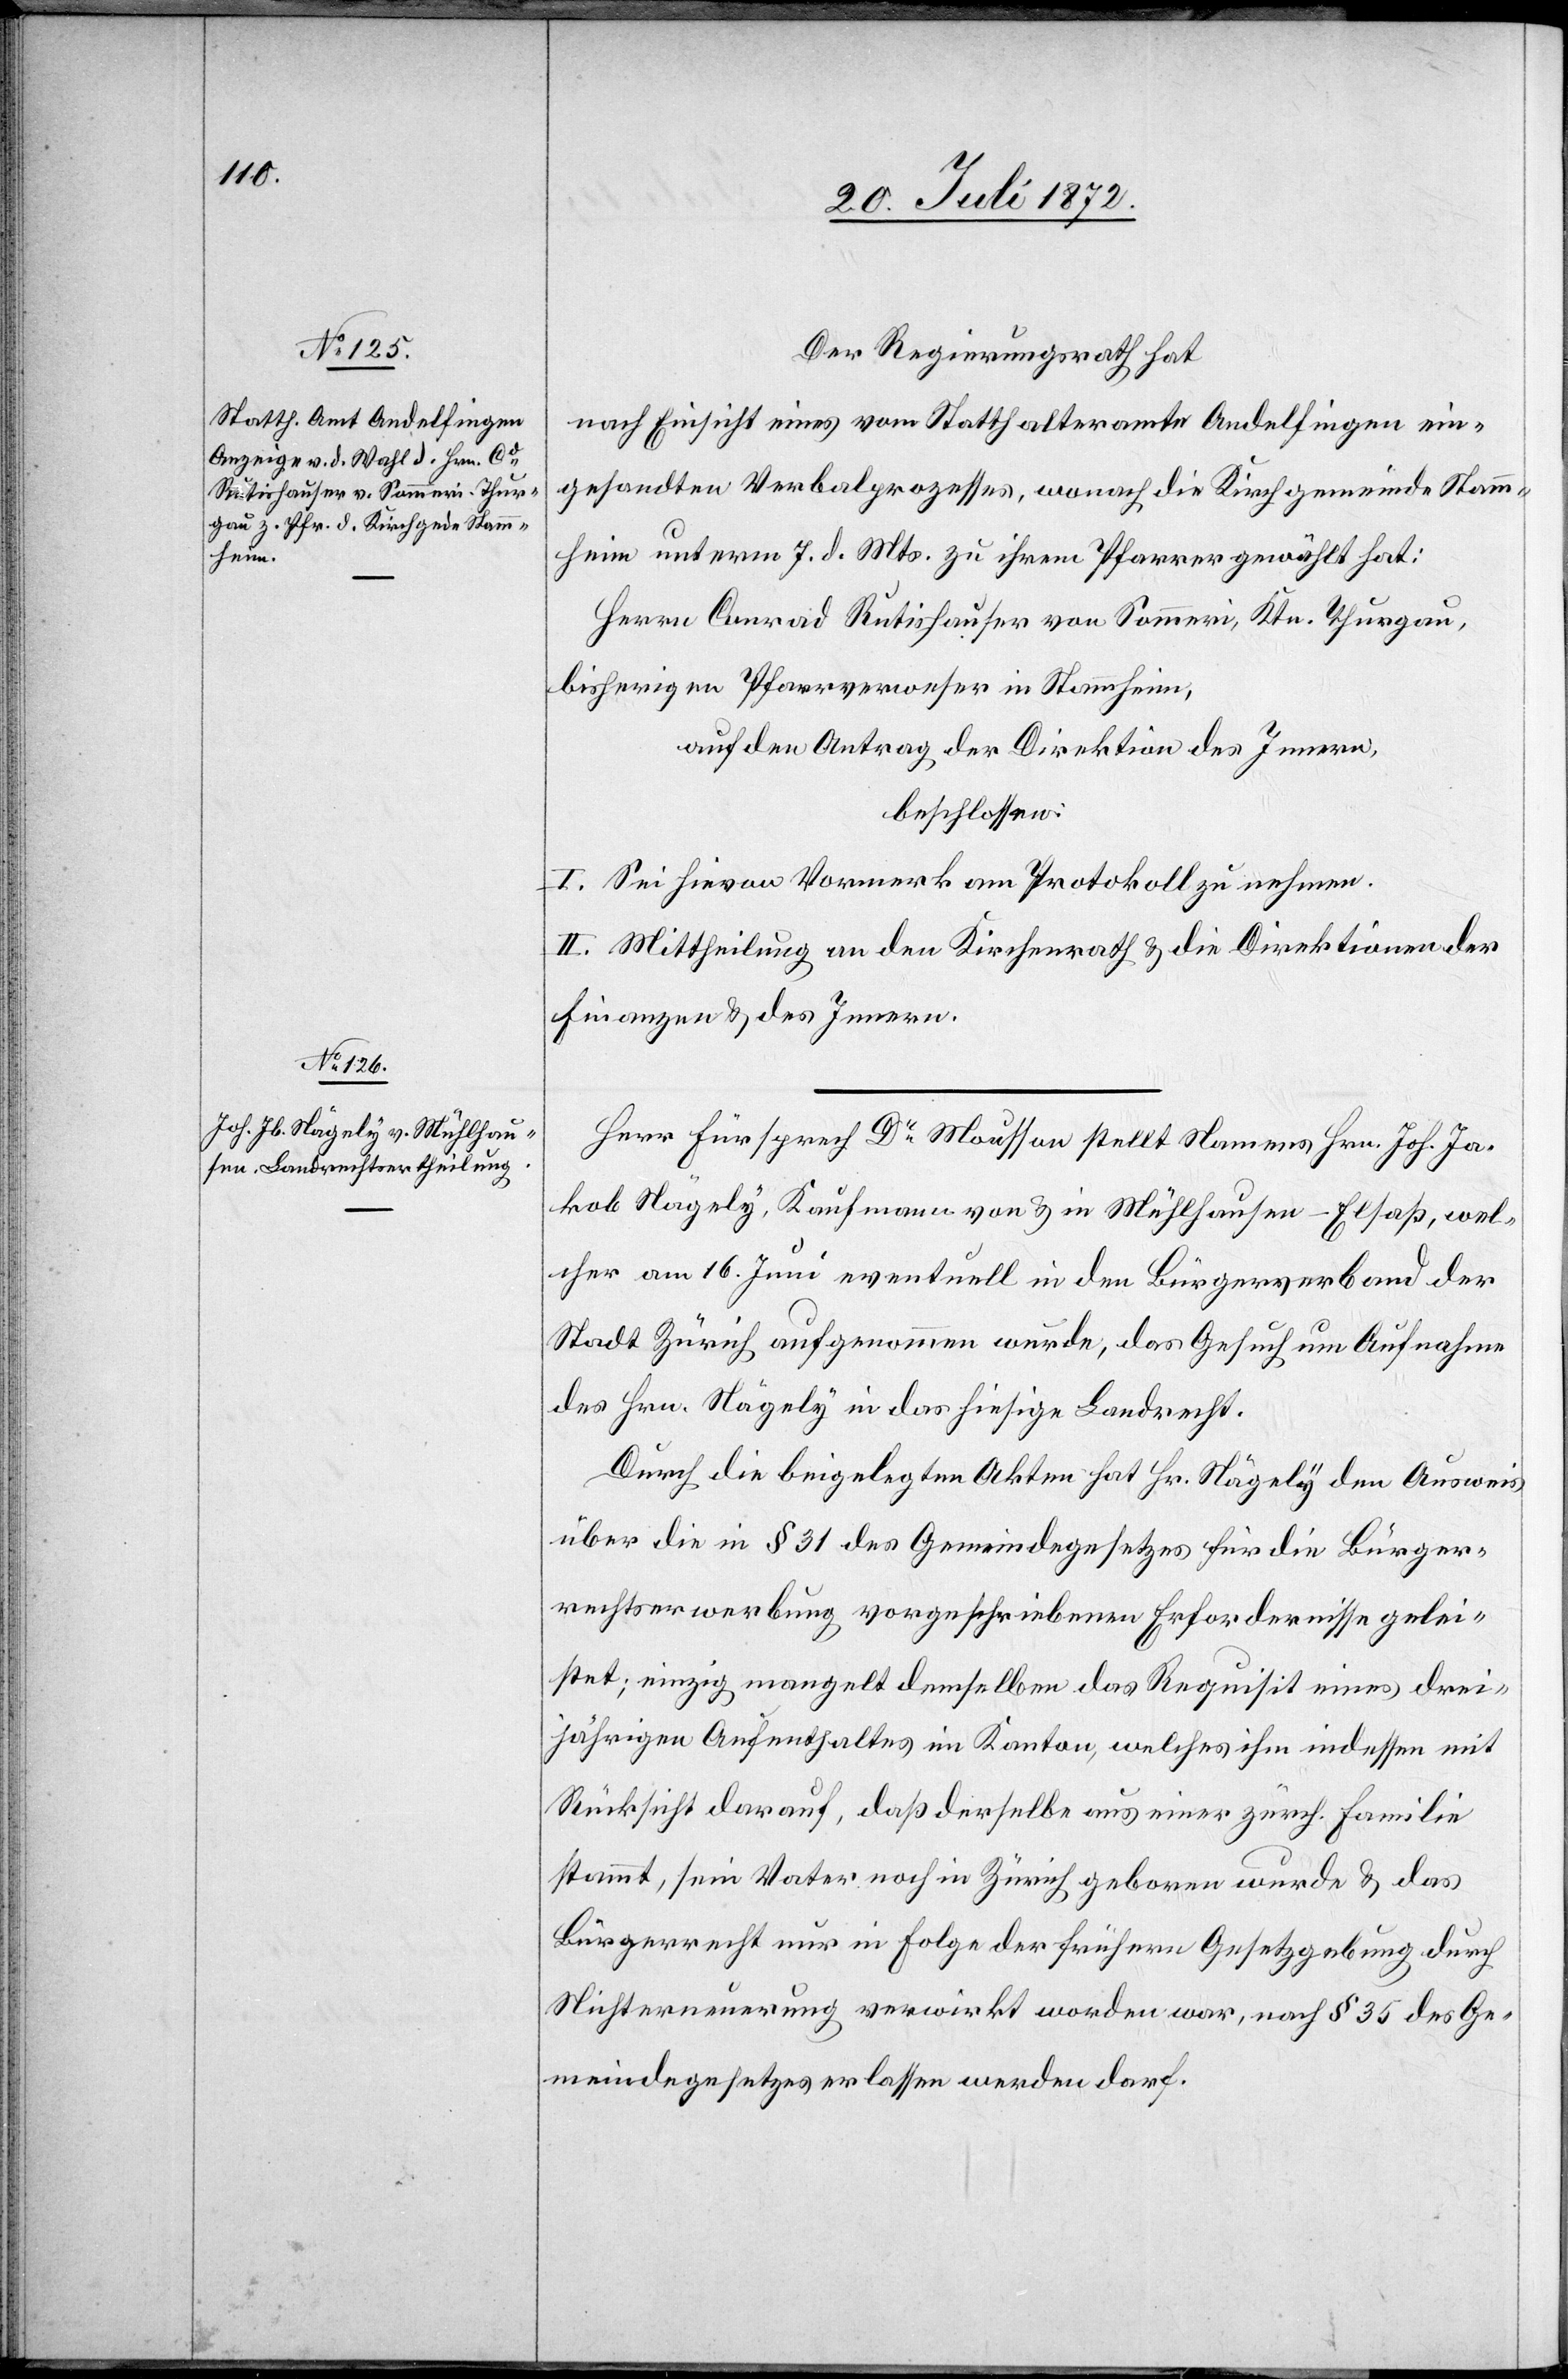
Der Regierungsrath hat
nach Einsicht eines vom Statthalteramte Andelfingen ein¬
gesandten Verbalprozesses, wonach die Kirchgemeinde Stamm¬
heim unterm 7. d. Mts. zu ihrem Pfarrer gewählt hat:
Herrn Conrad Rutishauser von Sommeri, Ktn. Thurgau,
bisherigen Pfarrverweser in Stammheim,
auf den Antrag der Direktion des Innern,
beschlossen:
I. Sei hievon Vormerk am Protokoll zu nehmen.
II. Mittheilung an den Kirchenrath u. die Direktionen der
Finanzen u. des Innern.
Herr Fürsprech Dr Mousson stellt Namens Hrn. Joh. Ja¬
kob Nägely, Kaufmann von u. in Mühlhausen-Elsaß, wel¬
cher am 16. Juni eventuell in den Bürgerverband der
Stadt Zürich aufgenommen wurde, das Gesuch um Aufnahme
des Hrn. Nägely in das hiesige Landrecht.
Durch die beigelegten Akten hat Hr. Nägely den Ausweis
über die in § 31 des Gemeindegesetzes für die Bürger¬
rechtserwerbung vorgeschriebenen Erfordernisse gelei¬
stet; einzig mangelt demselben das Requisit eines drei¬
jährigen Aufenthaltes im Kanton, welches ihm indessen mit
Rücksicht darauf, daß derselbe aus einer zürch. Familie
stammt, sein Vater noch in Zürich geboren wurde u. das
Bürgerrecht nur in Folge der frühern Gesetzgebung durch
Nichterneuerung verwirkt worden war, nach § 35 des Ge¬
meindegesetzes erlassen werden darf.